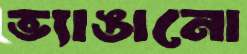
ভ্যাঙানো